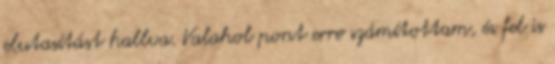
elutasítást hallva. Valahol pont erre számítottam, és fel is